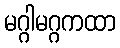
မဂ္ဂါမဂ္ဂကထာ